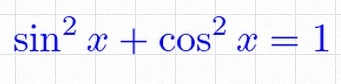
\sin^2x+\cos^2x=1